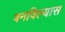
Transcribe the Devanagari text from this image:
बनविल्यास